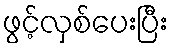
ဖွင့်လှစ်ပေးပြီး